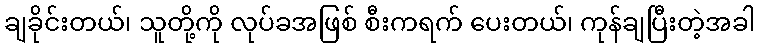
ချခိုင်းတယ်၊ သူတို့ကို လုပ်ခအဖြစ် စီးကရက် ပေးတယ်၊ ကုန်ချပြီးတဲ့အခါ